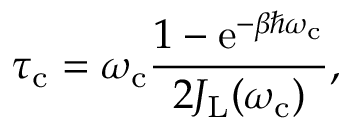
\tau _ { \mathrm { c } } = \omega _ { \mathrm { c } } \frac { 1 - \mathrm { e } ^ { - \beta \hbar \omega _ { \mathrm { c } } } } { 2 J _ { \mathrm { L } } ( \omega _ { \mathrm { c } } ) } ,